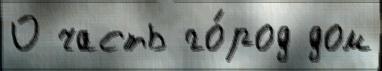
О часть го́род дом